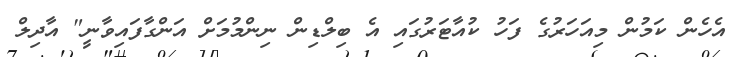
އެހެން ކަމުން މިއަހަރުގެ ފަހު ކުއާޓަރުގައި އެ ބިލްޑިން ނިންމުމަށް އަންގާފައިވާނީ" އާދިލް